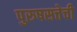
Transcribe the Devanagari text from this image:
पुरुषसत्तेची